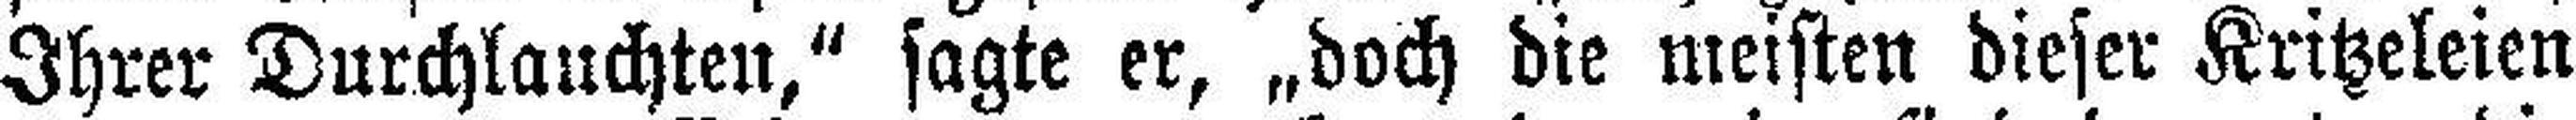
Ihrer Durchlauchten," sagte er, „doch die meisten dieser Kritzeleien